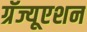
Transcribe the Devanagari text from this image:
ग्रॅज्यूएशन